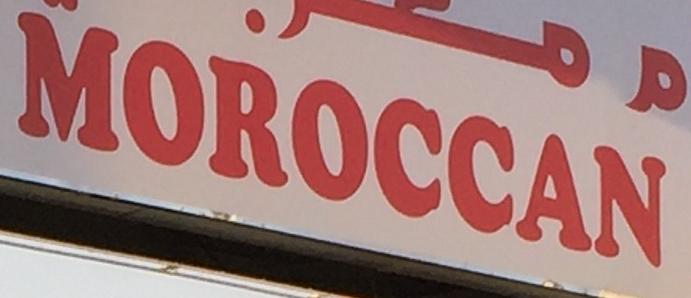
moroccan